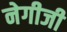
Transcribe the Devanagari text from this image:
नेगीजी